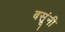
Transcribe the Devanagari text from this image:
बसूंनी